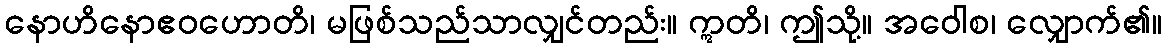
နောဟိနောဧဝဟောတိ၊ မဖြစ်သည်သာလျှင်တည်း။ ဣတိ၊ ဤသို့။ အဝေါစ၊ လျှောက်၏။